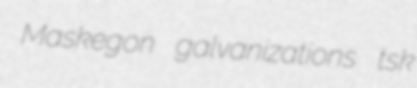
Maskegon galvanizations tsk